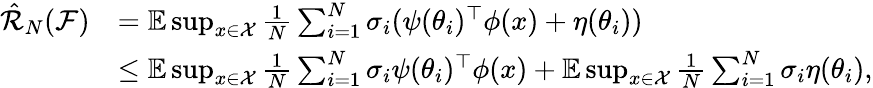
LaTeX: \begin{array}{rl}{\hat{\mathcal{R}}_{N}(\mathcal{F})}&{=\mathbb{E}\operatorname*{sup}_{x\in\mathcal{X}}\frac{1}{N}\sum_{i=1}^{N}\sigma_{i}(\psi(\theta_{i})^{\top}\phi(x)+\eta(\theta_{i}))}\\ &{\leq\mathbb{E}\operatorname*{sup}_{x\in\mathcal{X}}\frac{1}{N}\sum_{i=1}^{N}\sigma_{i}\psi(\theta_{i})^{\top}\phi(x)+\mathbb{E}\operatorname*{sup}_{x\in\mathcal{X}}\frac{1}{N}\sum_{i=1}^{N}\sigma_{i}\eta(\theta_{i}),}\end{array}